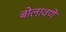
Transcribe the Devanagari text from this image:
बोलावणें